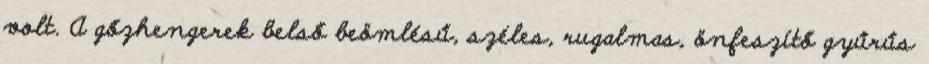
volt. A gőzhengerek belső beömlésű, széles, rugalmas, önfeszítő gyűrűs